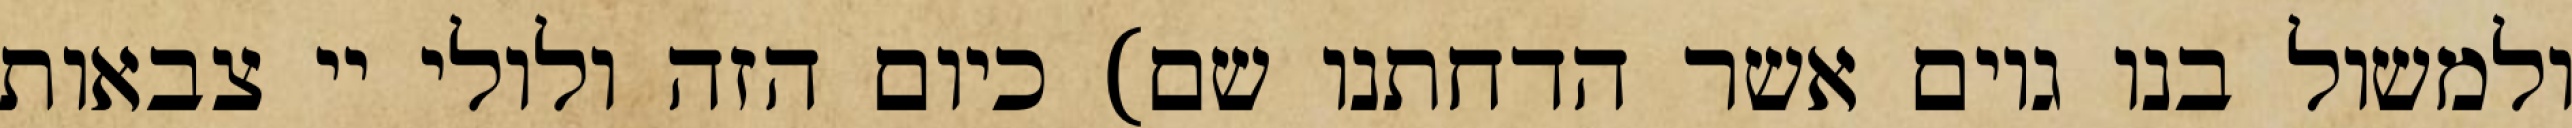
ולמשול בנו גוים אשר הדחתנו שם) כיום הזה ולולי יי צבאות